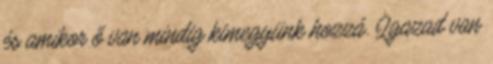
és amikor ő van mindig kimegyünk hozzá. Igazad van